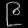
Digit: ၉